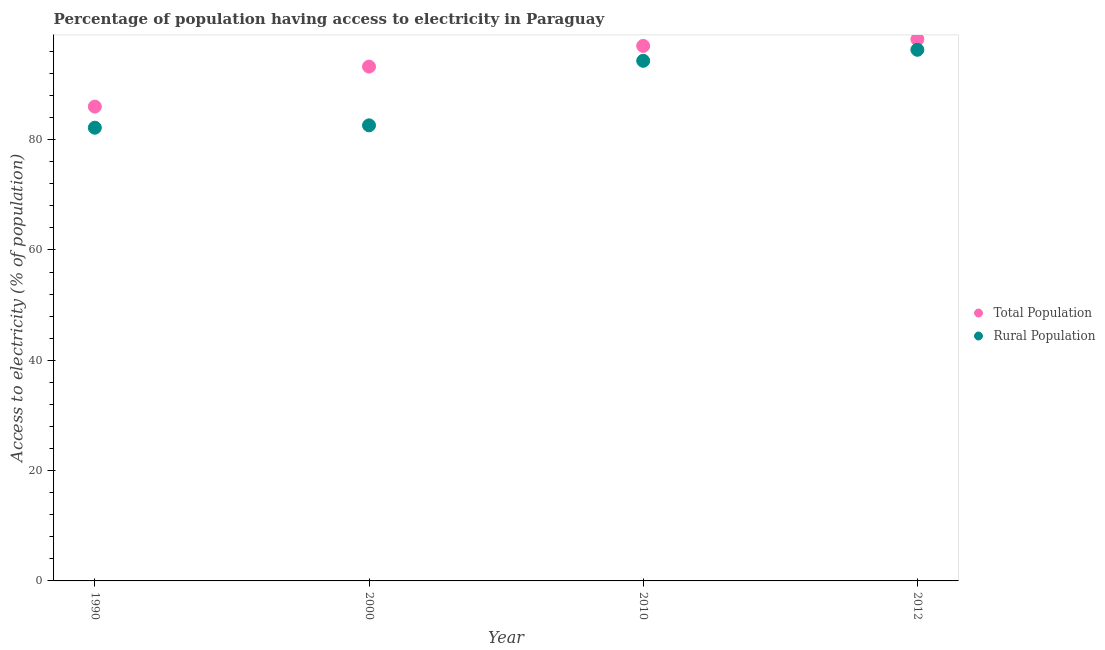
| Year | Total Population | Rural Population |
 | --- | --- | --- |
 | 1990 | 86 | 82.2 |
 | 2000 | 93.2 | 82.6 |
 | 2010 | 97 | 94.3 |
 | 2012 | 98.2 | 96.3 |